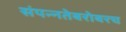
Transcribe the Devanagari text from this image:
संपन्नतेबरोबरच